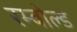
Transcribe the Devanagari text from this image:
रम्बोल्ड